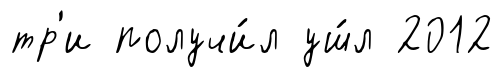
тр'и получи́л уш́л 2012